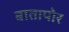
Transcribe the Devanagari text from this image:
बातापोर